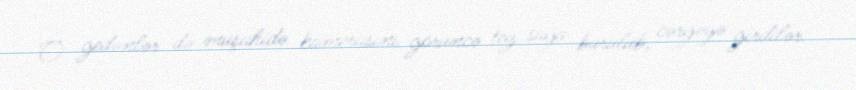
O gedənlər də müşahidə kamerasını görüncə tez sağa burulub, cərgəyə girdilər.